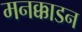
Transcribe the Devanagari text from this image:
मनक्काडन